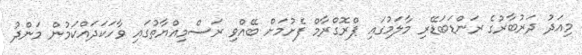
މިއަދު ދަރުބާރުގެ ރަންޑަބަޑޭރި މާލަމުގައި ޕްރޮގްރާމް ފެށުމަށް ބޭއްވި ރަސްމިއްޔާތުގައި ވާހަކަދައްކަމުން މަންދު